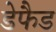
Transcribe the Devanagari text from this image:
डेफैड